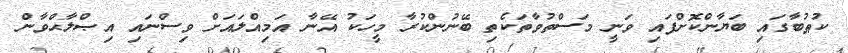
ކުޠުބާގައި ބަޔާންކޮށްފައި ވަނީ މަސްތުވާތަކެތި ބޭނުންކުރާ މީހަކު އޭނާ އަމިއްލައަށް ވިސްނައި އިޞްލާޙްވާން